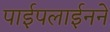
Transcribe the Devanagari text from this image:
पाईपलाईनने